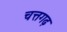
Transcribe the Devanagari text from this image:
चत्तगढ़